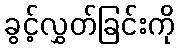
ခွင့်လွှတ်ခြင်းကို